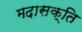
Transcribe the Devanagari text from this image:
मदासक्ति